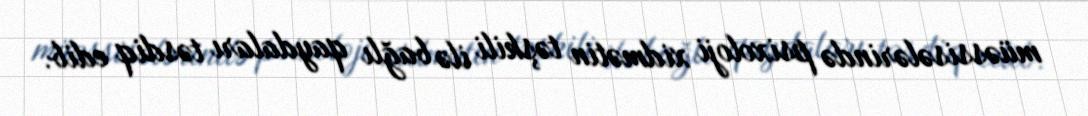
müəssisələrində psixoloji xidmətin təşkili ilə bağlı qaydaları təsdiq edib.